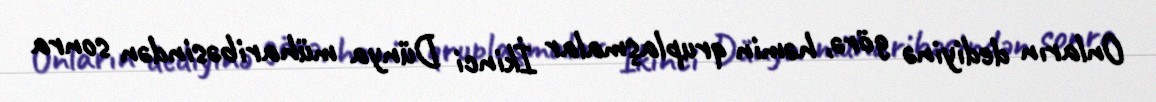
Onların dediyinə görə, həmin qruplaşmalar İkinci Dünya müharibəsindən sonra